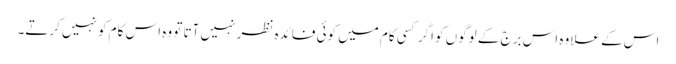
اس کے علاوہ اس برج کے لوگوں کو اگر کسی کام میں کوئی فائدہ نظر نہیں آتا تو وہ اس کام کو نہیں کرتے۔